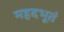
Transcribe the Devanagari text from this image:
महदभूतं